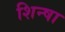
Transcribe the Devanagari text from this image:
शिन्षा